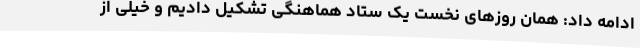
ادامه داد: همان روزهای نخست یک ستاد هماهنگی تشکیل دادیم و خیلی از